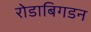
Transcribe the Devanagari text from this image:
रोडाबिगडन